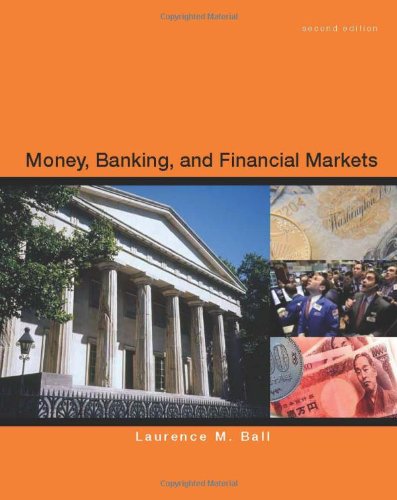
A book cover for Money, Banking and Financial Markets; Laurence Ball; Business & Money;